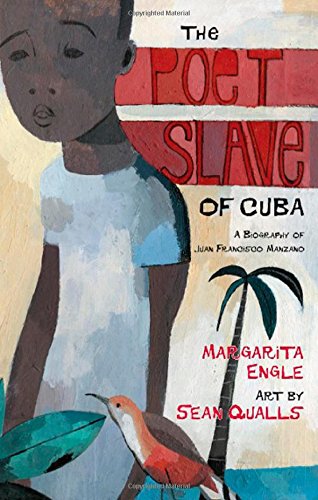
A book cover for The Poet Slave of Cuba: A Biography of Juan Francisco Manzano (Pura Belpre Medal Book Author (Awards)); Margarita Engle; Teen & Young Adult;